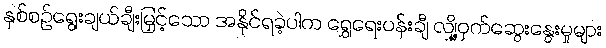
နှစ်စဉ်ရွေးချယ်ချီးမြှင့်သော အနိုင်ရခဲ့ပါက ရွှေရေးပန်းချီ လျှို့ဝှက်ဆွေးနွေးမှုများ